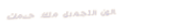
صالون التجميل ملك: خدمات